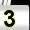
Digit: 3